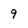
Character: 9